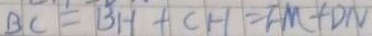
B C = B H + C H = F M + D N